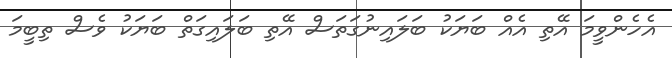
އެހެންވީމަ އޭތި އެއް ބަޔަކު ބަލައިނުގަތަސް އޭތި ބަލައިގަތް ބަޔަކު ވެސް ތިބީމަ